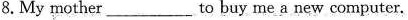
8.My mother ___to buy me a new computer.